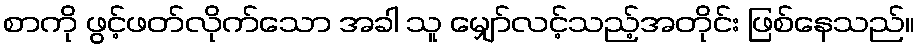
စာကို ဖွင့်ဖတ်လိုက်သော အခါ သူ မျှော်လင့်သည့်အတိုင်း ဖြစ်နေသည်။